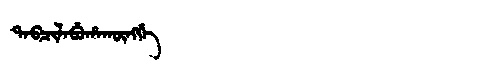
Manchu: ᡨᠠᠪᠴᡳᠯᠠᠪᡠᡥᠠᡴᡡᠩᡤᡝ
Romanization: TABCILABUHAKŪNGGE